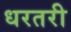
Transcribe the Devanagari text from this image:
धरतरी